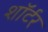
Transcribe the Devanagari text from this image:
शॉर्टर